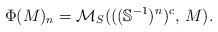
LaTeX: \begin{align*} \Phi(M)_n = \mathcal{M}_S(((\mathbb{S}^{-1})^n)^{c}, \, M). \end{align*}